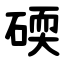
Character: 碝